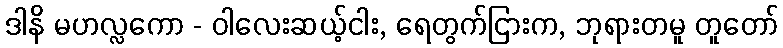
ဒါနိ မဟလ္လကော - ဝါလေးဆယ့်ငါး, ရေတွက်ငြားက, ဘုရားတမူ တူတော်